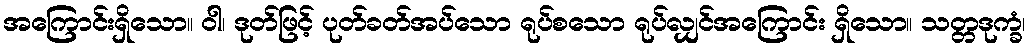
အကြောင်းရှိသော။ ဝါ၊ ဒုတ်ဖြင့် ပုတ်ခတ်အပ်သော ရုပ်စသော ရုပ်လျှင်အကြောင်း ရှိသော။ သတ္တဒုက္ခံ၊